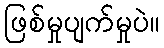
ဖြစ်မှုပျက်မှုပဲ။